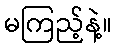
မကြည့်နဲ့။